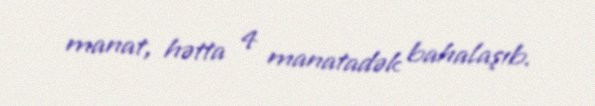
manat, hətta 4 manatadək bahalaşıb.